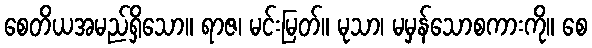
စေတိယအမည်ရှိသော။ ရာဇ၊ မင်းမြတ်။ မုသာ၊ မမှန်သောစကားကို။ စေ